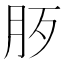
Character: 𣧚